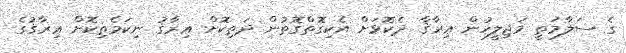
ގެ ސަލާމަތީ މަޖިލީހުން ޢިރާޤާ ދެކޮޅަށް އެކިގޮތްގޮތުން ދަތިކޮށް ޢިރާޤު ނިކަމެތިކޮށް ޢިރާޤުގެ